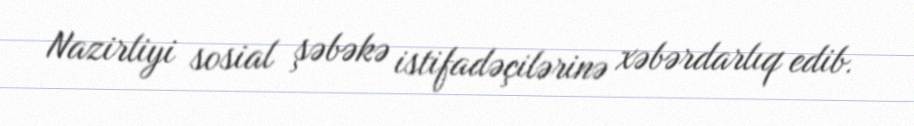
Nazirliyi sosial şəbəkə istifadəçilərinə xəbərdarlıq edib.